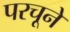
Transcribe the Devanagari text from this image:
परचूने